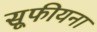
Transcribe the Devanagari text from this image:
सूफीयना